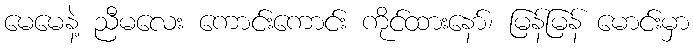
မေမေနဲ့ ညီမလေး ကောင်းကောင်း ကိုင်ထားနော်၊ မြန်မြန် မောင်းမှာ